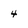
Character: 4